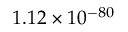
1 . 1 2 \times 1 0 ^ { - 8 0 }